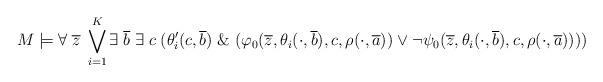
LaTeX: \begin{align*}M\models \forall \; \overline{z} \; \bigvee_{i=1}^{K} \exists \; \overline{b} \; \exists \; c \; (\theta^{\prime}_{i}(c, \overline{b}) \; \& \; (\varphi_{0}(\overline{z}, \theta_{i}(\cdot, \overline{b}), c, \rho(\cdot, \overline{a})) \vee \neg \psi_{0}(\overline{z},\theta_{i}(\cdot, \overline{b}), c, \rho(\cdot, \overline{a}))))\end{align*}